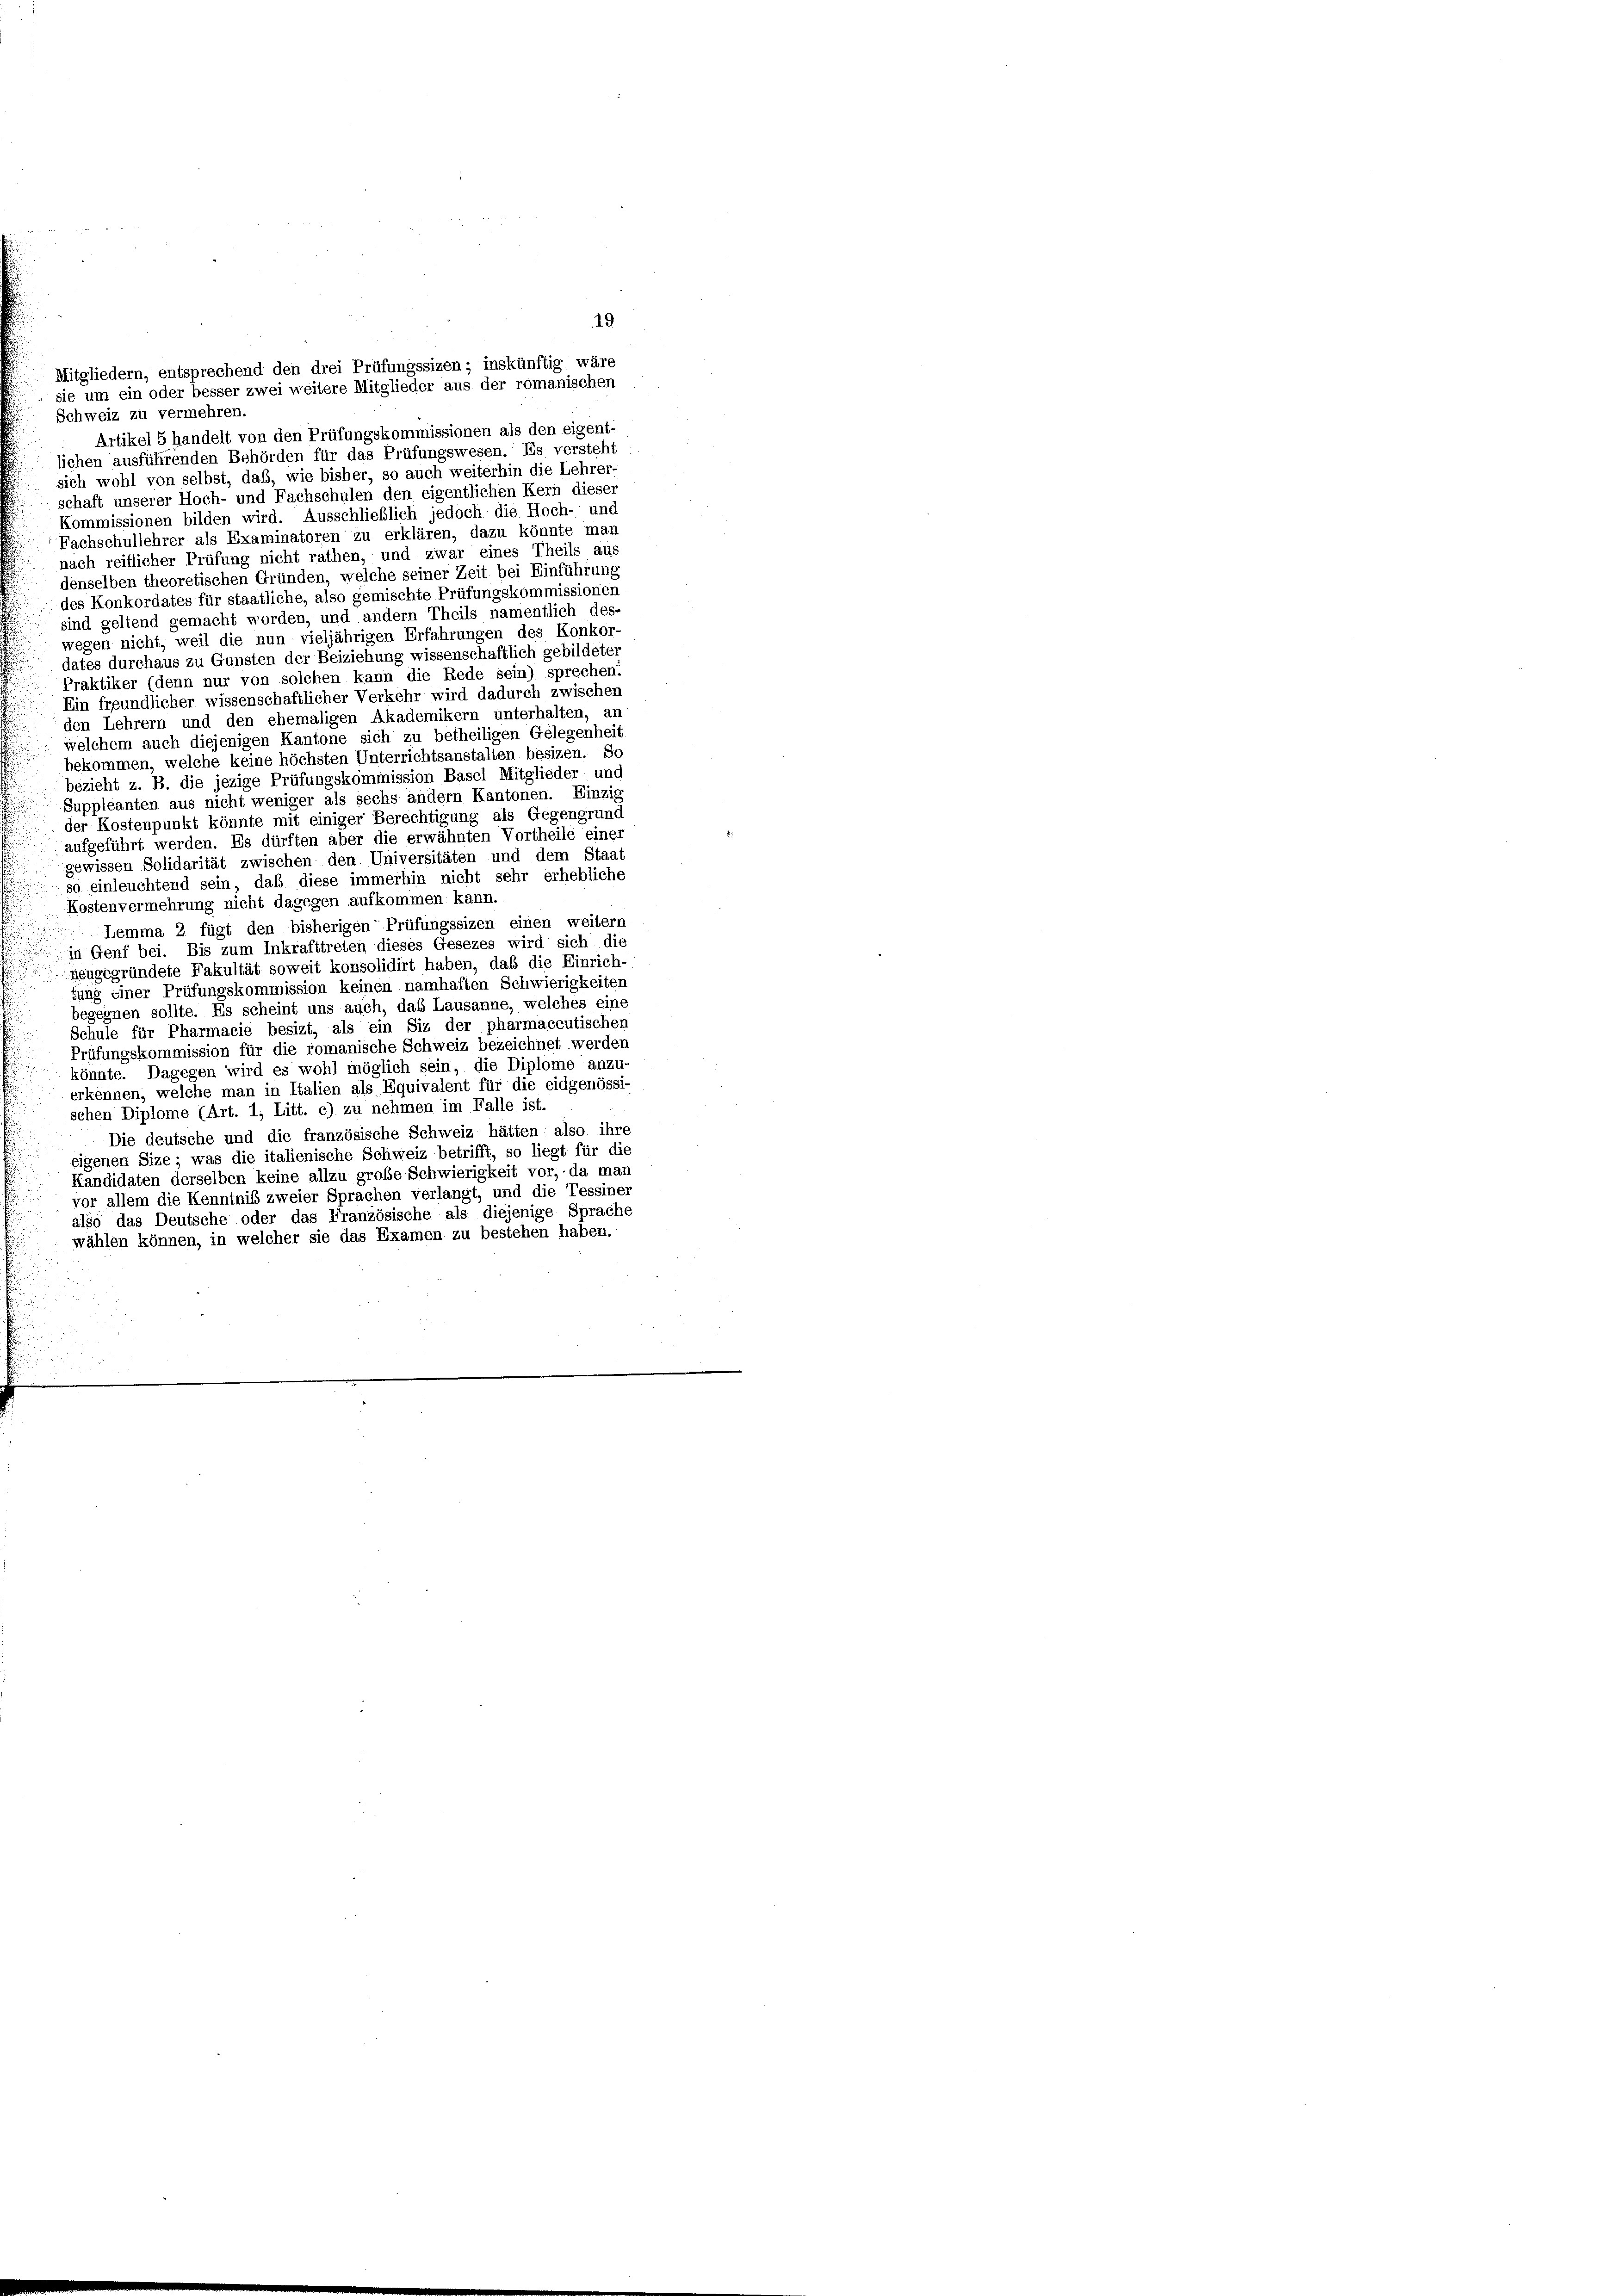
Schweiz zu vermehren.
Artikel 5 handelt von den Prüfungskommissionen als den eigent-
lichen ausführenden Behörden für das Prüfungswesen. Es versteht
sich wohl von selbst, daß, wie bisher, so auch weiterhin die Lehrer-
schaft unserer Hoch- und Fachschulen den eigentlichen Kern dieser
Kommissionen bilden wird. Ausschließlich jedoch die Hoch- und
Fachschullehrer als Examinatoren zu erklären, dazu könnte mar
nach reiflicher Prüfung nicht rathen, und zwar eines Theils aus
denselben theoretischen Gründen, welche seiner Zeit bei Einführung
des Konkordates für staatliche, also gemischte Prüfungskommissioner
sind geltend gemacht worden, und andern Theils namentlich des-
wegen nicht, weil die nun vieljährigen Erfahrungen des Konkor
dates durchaus zu Gunsten der Beiziehung wissenschaftlich gebildete,
Praktiker (denn nur von solchen kann die Rede sein) sprechen:
Ein freundlicher wissenschaftlicher Verkehr wird dadurch zwischen
den Lehrern und den ehemaligen Akademikern unterhalten, an
welchem auch diejenigen Kantone sich zu betheiligen Gelegenheit
bekommen, welche keine höchsten Unterrichtsanstalten besizen. Sc
bezieht z. B. die jezige Prüfungskommission Basel Mitglieder; und
Suppleanten aus nicht weniger als sechs andern Kantonen. Einzis
der Kostenpunkt könnte mit einiger Berechtigung als Gegengrund
aufgeführt werden. Es dürften aber die erwähnten Vortheile einer
gewissen Solidarität zwischen den Universitäten und dem Staat
so einleuchtend sein, daß diese immerhin nicht sehr erhebliche
Kostenvermehrung nicht dagegen aufkommen kann.
Lemma 2 fügt den bisherigen Prüfungssizen einen weitern
in Genf bei. Bis zum Inkrafttreten dieses Gesezes wird sich die
neugegründete Fakultät soweit konsolidirt haben, daß die Einrich-
tung einer Prüfungskommission keinen namhaften Schwierigkeiten
begegnen sollte. Es scheint uns auch, das Lausanne, welches eine
Schule für Pharmacie besizt, als ein Siz der pharmaceutischen
Prüfungskommission für die romanische Schweiz bezeichnet werden
könnte. Dagegen wird es wohl möglich sein, die Diplome anzu-
erkennen, welche man in Italien als Equivalent für die eidgenössi-
schen Diplome (Art. 1, Litt. c) zu nehmen im Falle ist.
Die deutsche und die französische Schweiz hätten also ihre
eigenen Size; was die italienische Schweiz betrifft, so liegt für die
Kandidaten derselben keine allzu große Schwierigkeit vor; da man
vor allem die Kenntnis zweier Sprachen verlangt, und die Tessiner
also das Deutsche oder das Französische als diejenige Sprache
wählen können, in welcher sie das Examen zu bestehen haben.

Mitgliedern, entsprechend den drei Prüfungssizen; inskünftig wäre
sie um ein oder besser zwei weitere Mitglieder aus der romanischen

49